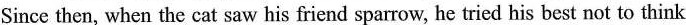
Since then, when the cat saw his friend sparrow, he tried his best not to think